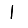
Digit: 1